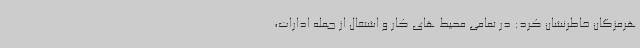
هرمزگان خاطرنشان کرد: در تمامی محیط های کار و اشتغال از جمله ادارات،